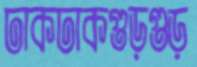
ঢাকঢাকগুড়গুড়